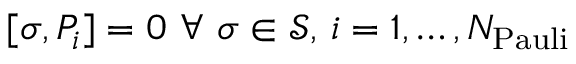
[ \sigma , P _ { i } ] = 0 ~ \forall ~ \sigma \in \mathcal { S } , \, i = 1 , \dots , N _ { \mathrm { P a u l i } }